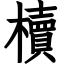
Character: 櫝